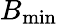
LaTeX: B_{\mathrm{min}}